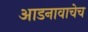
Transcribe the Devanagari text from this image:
आडनावाचेच